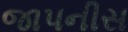
જાપનીસ